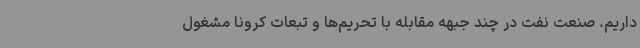
داریم. صنعت نفت در چند جبهه مقابله با تحریم‌ها و تبعات کرونا مشغول